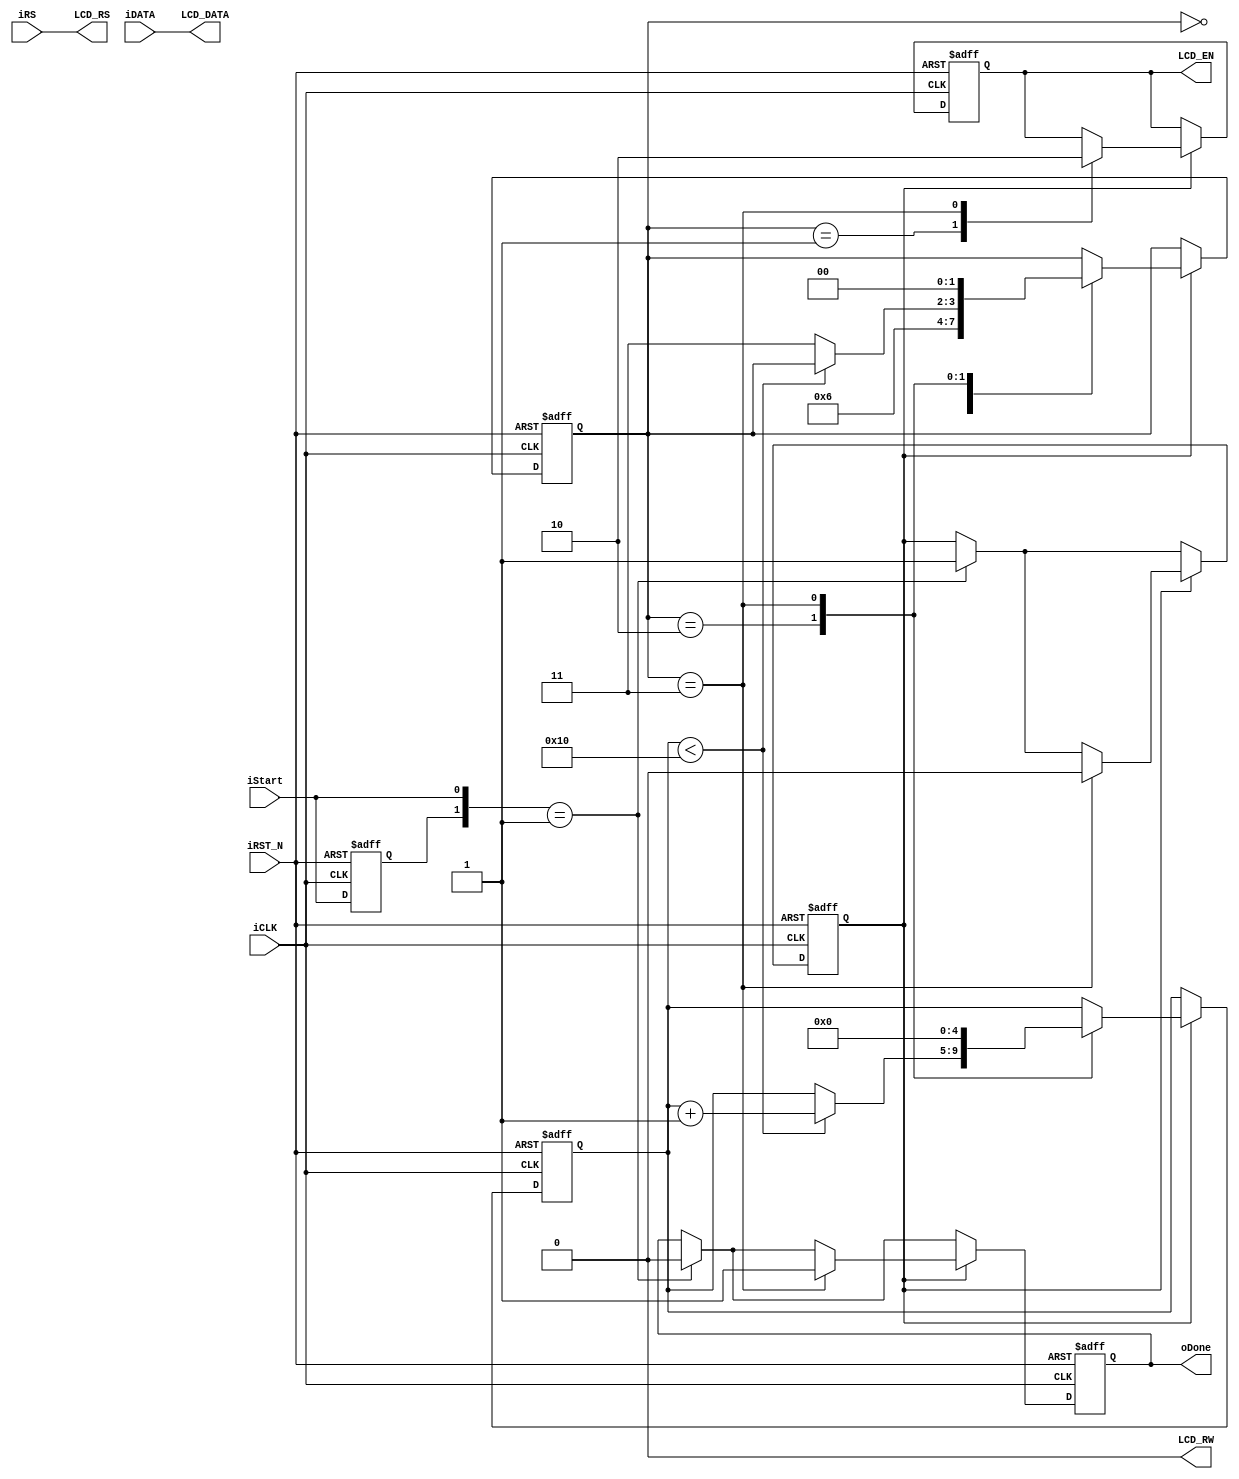
module Output_LiquidCrystalDisplay_Controller (	
						iDATA,iRS,
						iStart,oDone,
						iCLK,iRST_N,
						LCD_DATA,
						LCD_RW,
						LCD_EN,
						LCD_RS	);
parameter	CLK_Divide	=	16;
input	[7:0]	iDATA;
input	iRS,iStart;
input	iCLK,iRST_N;
output	reg		oDone;
output	[7:0]	LCD_DATA;
output	reg		LCD_EN;
output			LCD_RW;
output			LCD_RS;
reg		[4:0]	Cont;
reg		[1:0]	ST;
reg		preStart,mStart;
assign	LCD_DATA	=	iDATA; 
assign	LCD_RW		=	1'b0;
assign	LCD_RS		=	iRS;
always@(posedge iCLK or negedge iRST_N)
begin
	if(!iRST_N)
	begin
		oDone	<=	1'b0;
		LCD_EN	<=	1'b0;
		preStart<=	1'b0;
		mStart	<=	1'b0;
		Cont	<=	0;
		ST		<=	0;
	end
	else
	begin
		preStart<=	iStart;
		if({preStart,iStart}==2'b01)
		begin
			mStart	<=	1'b1;
			oDone	<=	1'b0;
		end
		if(mStart)
		begin
			case(ST)
			0:	ST	<=	1;	
			1:	begin
					LCD_EN	<=	1'b1;
					ST		<=	2;
				end
			2:	begin					
					if(Cont<CLK_Divide)
					Cont	<=	Cont+1;
					else
					ST		<=	3;
				end
			3:	begin
					LCD_EN	<=	1'b0;
					mStart	<=	1'b0;
					oDone	<=	1'b1;
					Cont	<=	0;
					ST		<=	0;
				end
			endcase
		end
	end
end
endmodule